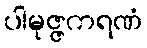
ပါမုဇ္ဇကရဏံ